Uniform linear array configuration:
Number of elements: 12
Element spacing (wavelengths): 0.5
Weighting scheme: exponential
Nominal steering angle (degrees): -30
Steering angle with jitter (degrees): -31.935
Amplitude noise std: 0.05
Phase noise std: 0.05

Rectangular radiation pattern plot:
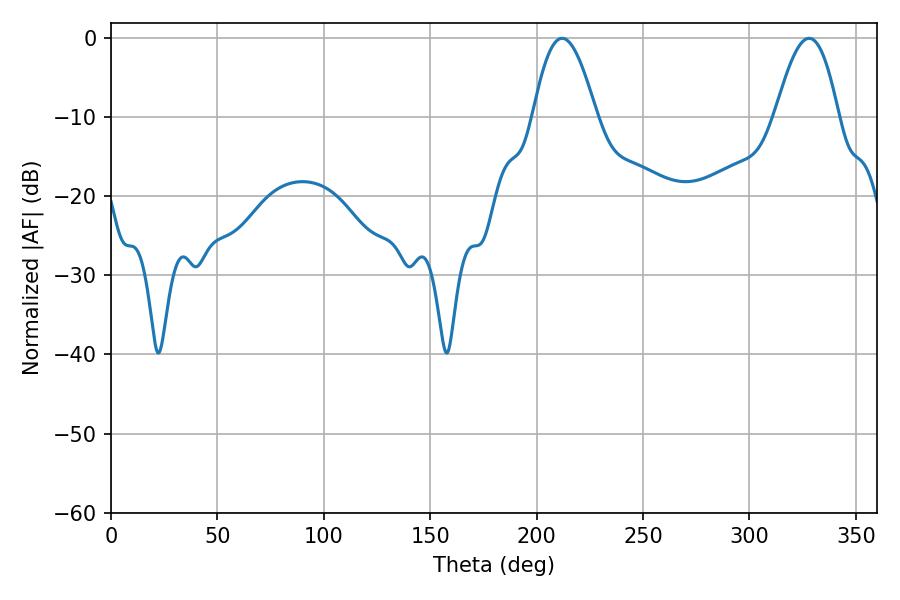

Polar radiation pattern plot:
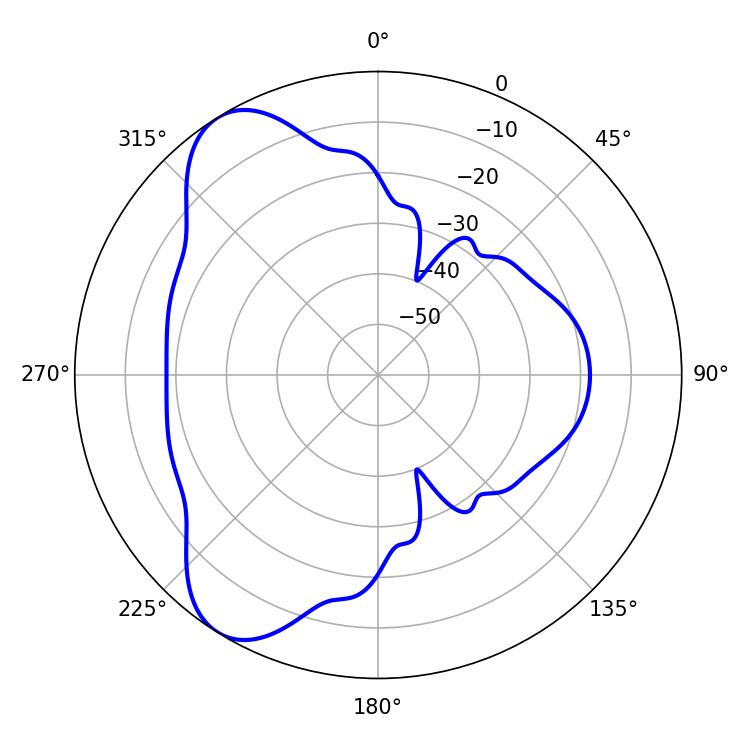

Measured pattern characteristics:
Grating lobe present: FALSE
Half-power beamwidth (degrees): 16.2
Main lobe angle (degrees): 212.04